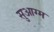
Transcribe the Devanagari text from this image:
सुआग्म